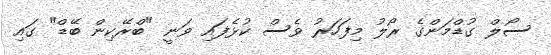
ސޯލް ގުޑްމަންގެ ރޯލު މިފަހަރު ވެސް ކުޅެފައި ވަނީ "ބްރޭކިން ބޭޑް" ގައި